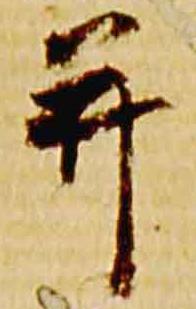
并